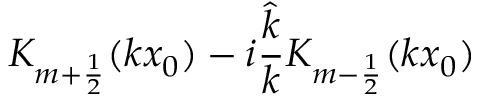
K _ { m + \frac 1 2 } ( k x _ { 0 } ) - i \frac { \hat { k } } { k } K _ { m - \frac 1 2 } ( k x _ { 0 } )